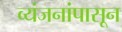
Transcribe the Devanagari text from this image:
व्यंजनांपासून